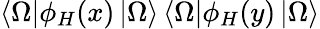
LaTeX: \left<\Omega\right|\phi_{H}(x)\left|\Omega\right>\left<\Omega\right|\phi_{H}(y)\left|\Omega\right>